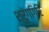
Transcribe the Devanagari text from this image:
श्रृंगगिरि